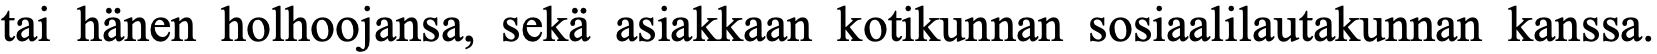
tai hänen holhoojansa, sekä asiakkaan kotikunnan sosiaalilautakunnan kanssa.